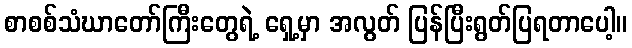
စာစစ်သံဃာတော်ကြီးတွေရဲ့ ရှေ့မှာ အလွတ် ပြန်ပြီးရွတ်ပြရတာပေါ့။